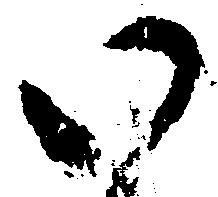
い